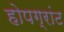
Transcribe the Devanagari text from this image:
होपग्रांट